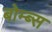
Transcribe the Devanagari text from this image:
बोम्ब्स